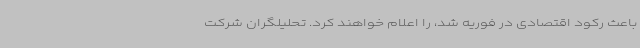
باعث رکود اقتصادی در فوریه شد، را اعلام خواهند کرد. تحلیلگران شرکت